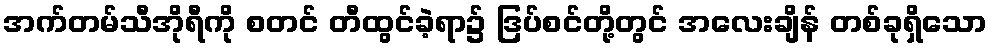
အက်တမ်သီအိုရီကို စတင် တီထွင်ခဲ့ရာ၌ ဒြပ်စင်တို့တွင် အလေးချိန် တစ်ခုရှိသော